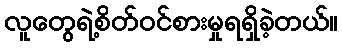
လူတွေရဲ့စိတ်ဝင်စားမှုရရှိခဲ့တယ်။